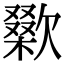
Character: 𣤜